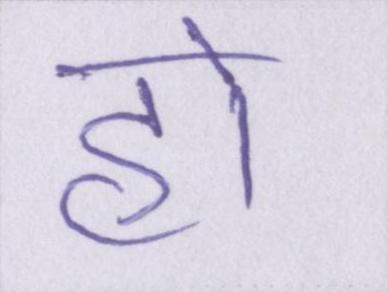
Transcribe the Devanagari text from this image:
हो